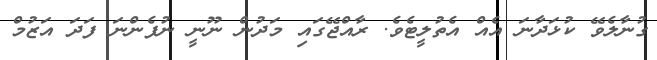
ގުނާލެވޭ ކުޅަދާނަ އެއް އެތުލީޓެވެ. ރާއްޖޭގައި މަދުން ނޫނީ ނުފެންނަ ފަދަ އަޒުމް